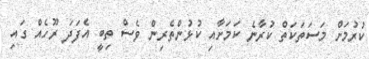
ކުރުމަށް މަސަތަކަތް ކުރާނެ ކަމަށާއި ކުޅުންތެރިން ވެސް ތިބީ އެފަދަ ރޫހެއް ގައި